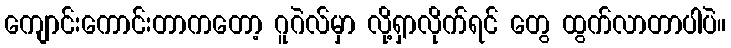
ကျောင်းကောင်းတာကတော့ ဂူဂဲလ်မှာ လို့ရှာလိုက်ရင် တွေ ထွက်လာတာပါပဲ။